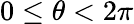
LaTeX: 0\leq\theta<2\pi